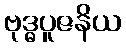
ဗုဒ္ဓပူဇနိယ